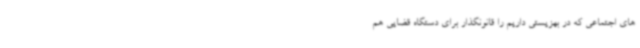
های اجتماعی که در بهزیستی داریم را قانونگذار برای دستگاه قضایی هم